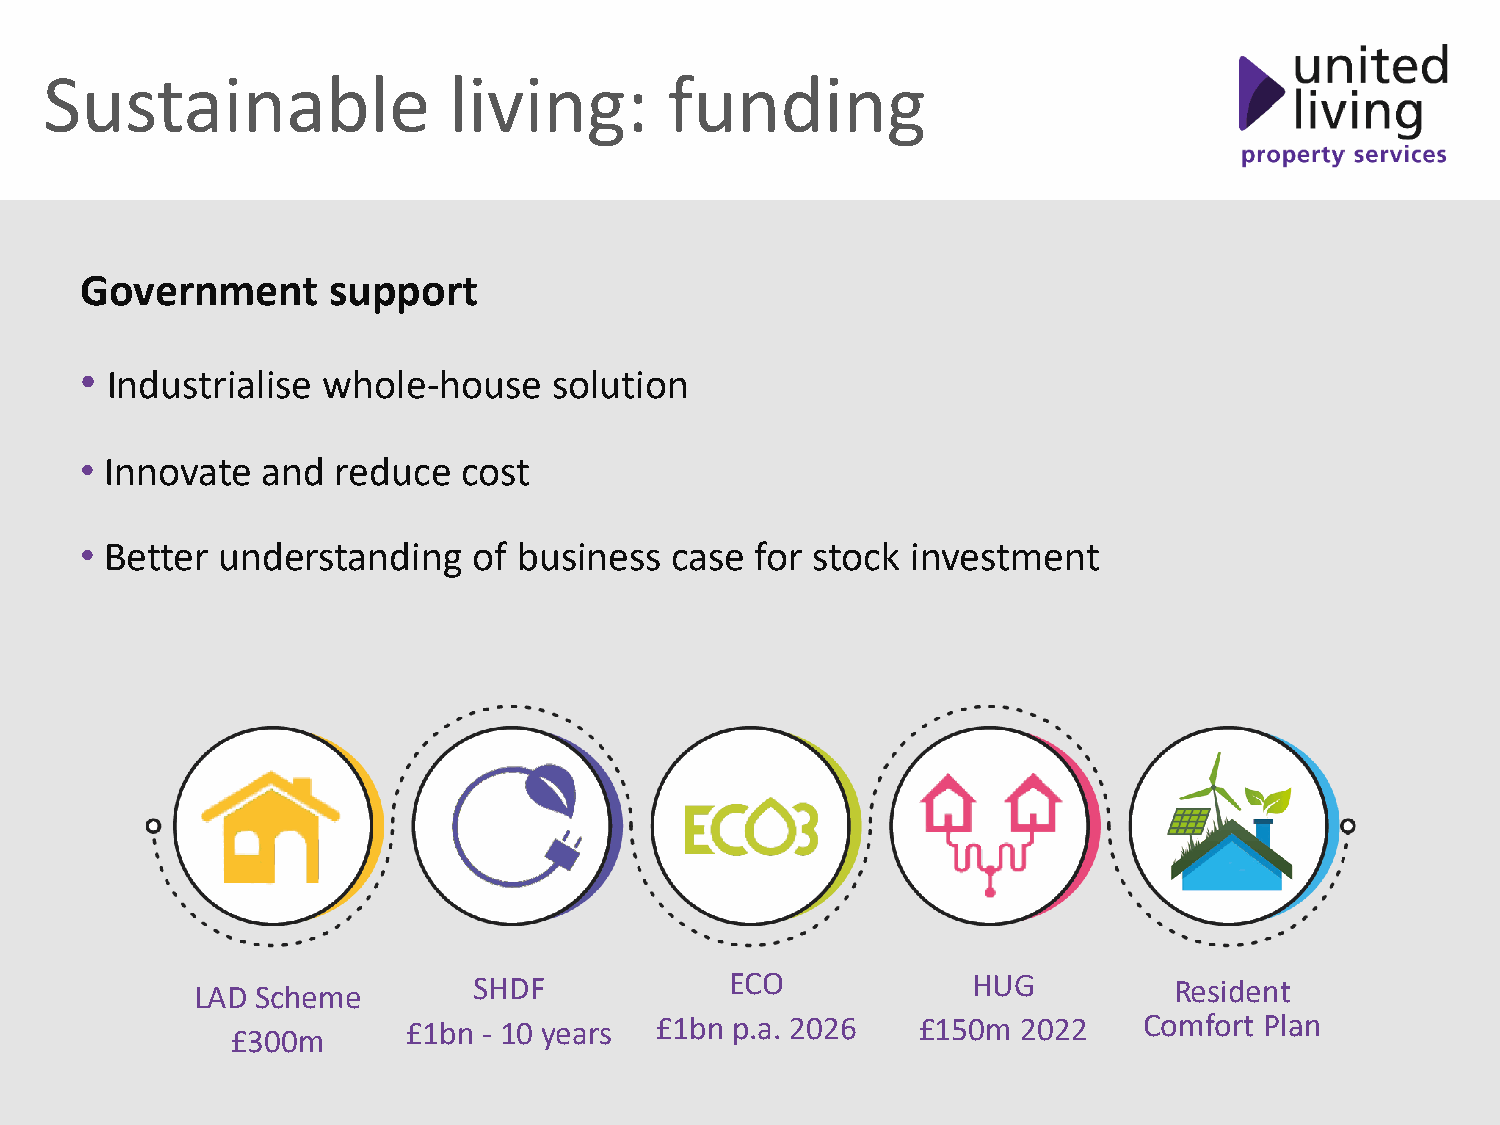
Sustainable                living:       funding
 Government       support
 • Industrialise whole-house     solution
 • Innovate  and  reduce   cost
 • Better understanding    of business  case  for stock investment
 LAD Scheme        SHDF             ECO             HUG           Resident
 £1bn - 10 years £1bn p.a. 2026    £150m  2022    Comfort Plan
 £300m